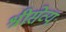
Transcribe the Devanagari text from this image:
श्रीसेव्यः